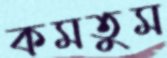
কমতুম